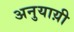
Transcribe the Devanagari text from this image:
अनुयाय़ी